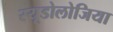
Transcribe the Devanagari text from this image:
स्यूडोलोजिया